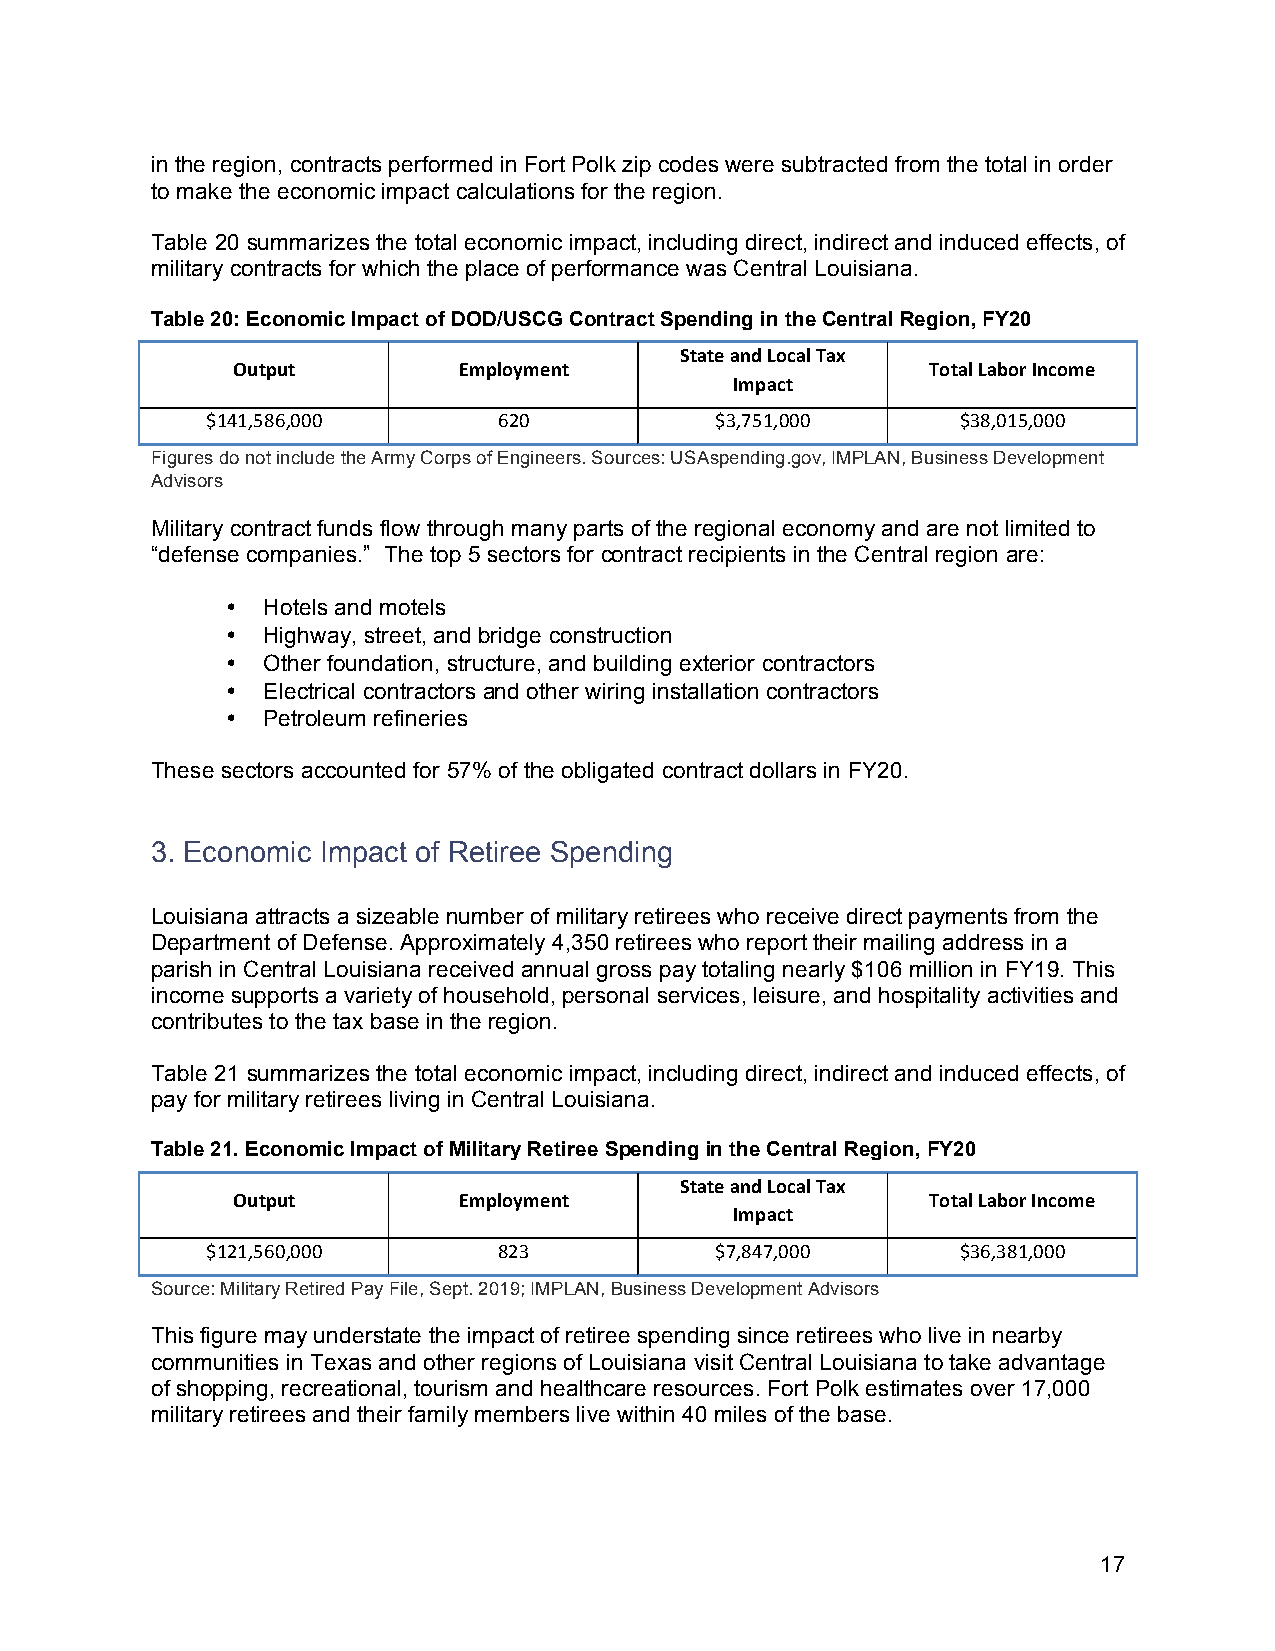
in the region, contracts performed in Fort Polk zip codes were subtracted from the total in order
 to make the economic impact calculations for the region.
 Table 20 summarizes the total economic impact, including direct, indirect and induced effects, of
 military contracts for which the place of performance was Central Louisiana.
 Table 20: Economic Impact of DOD/USCG Contract Spending in the Central Region, FY20
 State and Local Tax
 Output         Employment                      Total Labor Income
 Impact
 $141,586,000       620           $3,751,000       $38,015,000
 Figures do not include the Army Corps of Engineers. Sources: USAspending.gov, IMPLAN, Business Development
 Advisors
 Military contract funds flow through many parts of the regional economy and are not limited to
 “defense companies.” The top 5 sectors for contract recipients in the Central region are:
 • Hotels and motels
 • Highway, street, and bridge construction
 • Other foundation, structure, and building exterior contractors
 • Electrical contractors and other wiring installation contractors
 • Petroleum refineries
 These sectors accounted for 57% of the obligated contract dollars in FY20.
 3. Economic Impact of Retiree Spending
 Louisiana attracts a sizeable number of military retirees who receive direct payments from the
 Department of Defense. Approximately 4,350 retirees who report their mailing address in a
 parish in Central Louisiana received annual gross pay totaling nearly $106 million in FY19. This
 income supports a variety of household, personal services, leisure, and hospitality activities and
 contributes to the tax base in the region.
 Table 21 summarizes the total economic impact, including direct, indirect and induced effects, of
 pay for military retirees living in Central Louisiana.
 Table 21. Economic Impact of Military Retiree Spending in the Central Region, FY20
 State and Local Tax
 Output         Employment                      Total Labor Income
 Impact
 $121,560,000       823           $7,847,000       $36,381,000
 Source: Military Retired Pay File, Sept. 2019; IMPLAN, Business Development Advisors
 This figure may understate the impact of retiree spending since retirees who live in nearby
 communities in Texas and other regions of Louisiana visit Central Louisiana to take advantage
 of shopping, recreational, tourism and healthcare resources. Fort Polk estimates over 17,000
 military retirees and their family members live within 40 miles of the base.
 17